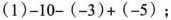
$$( 1 ) - 1 0 - ( - 3 ) + ( - 5 )$$；